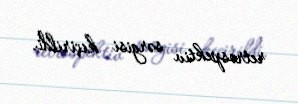
retrospektiv sərgisi keçirildi.